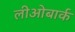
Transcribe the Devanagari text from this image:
लीओबार्क